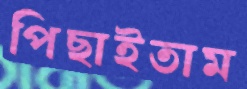
পিছাইতাম